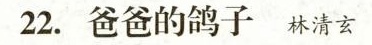
22.爸爸的鸽子 林清玄